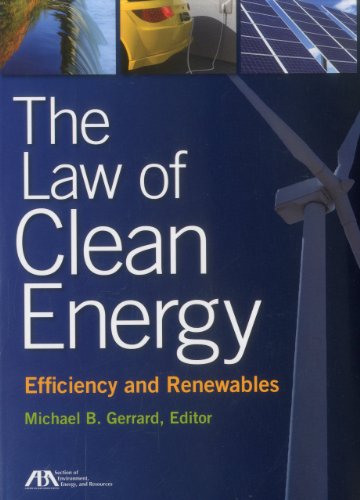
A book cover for The Law of Clean Energy: Efficiency and Renewables; Law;